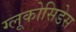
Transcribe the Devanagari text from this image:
ग्लूकोसिडेस